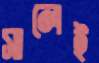
সালেই